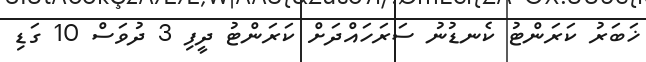
ޚަބަރު ކަރަންޓު ކެނޑުނު ސަރަހައްދަށް ކަރަންޓު ދީފި 3 ދުވަސް 10 ގަޑި